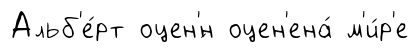
Альб'е́рт оцен'́н оцен'ена́ м'и́р'е